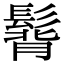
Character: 𩭿